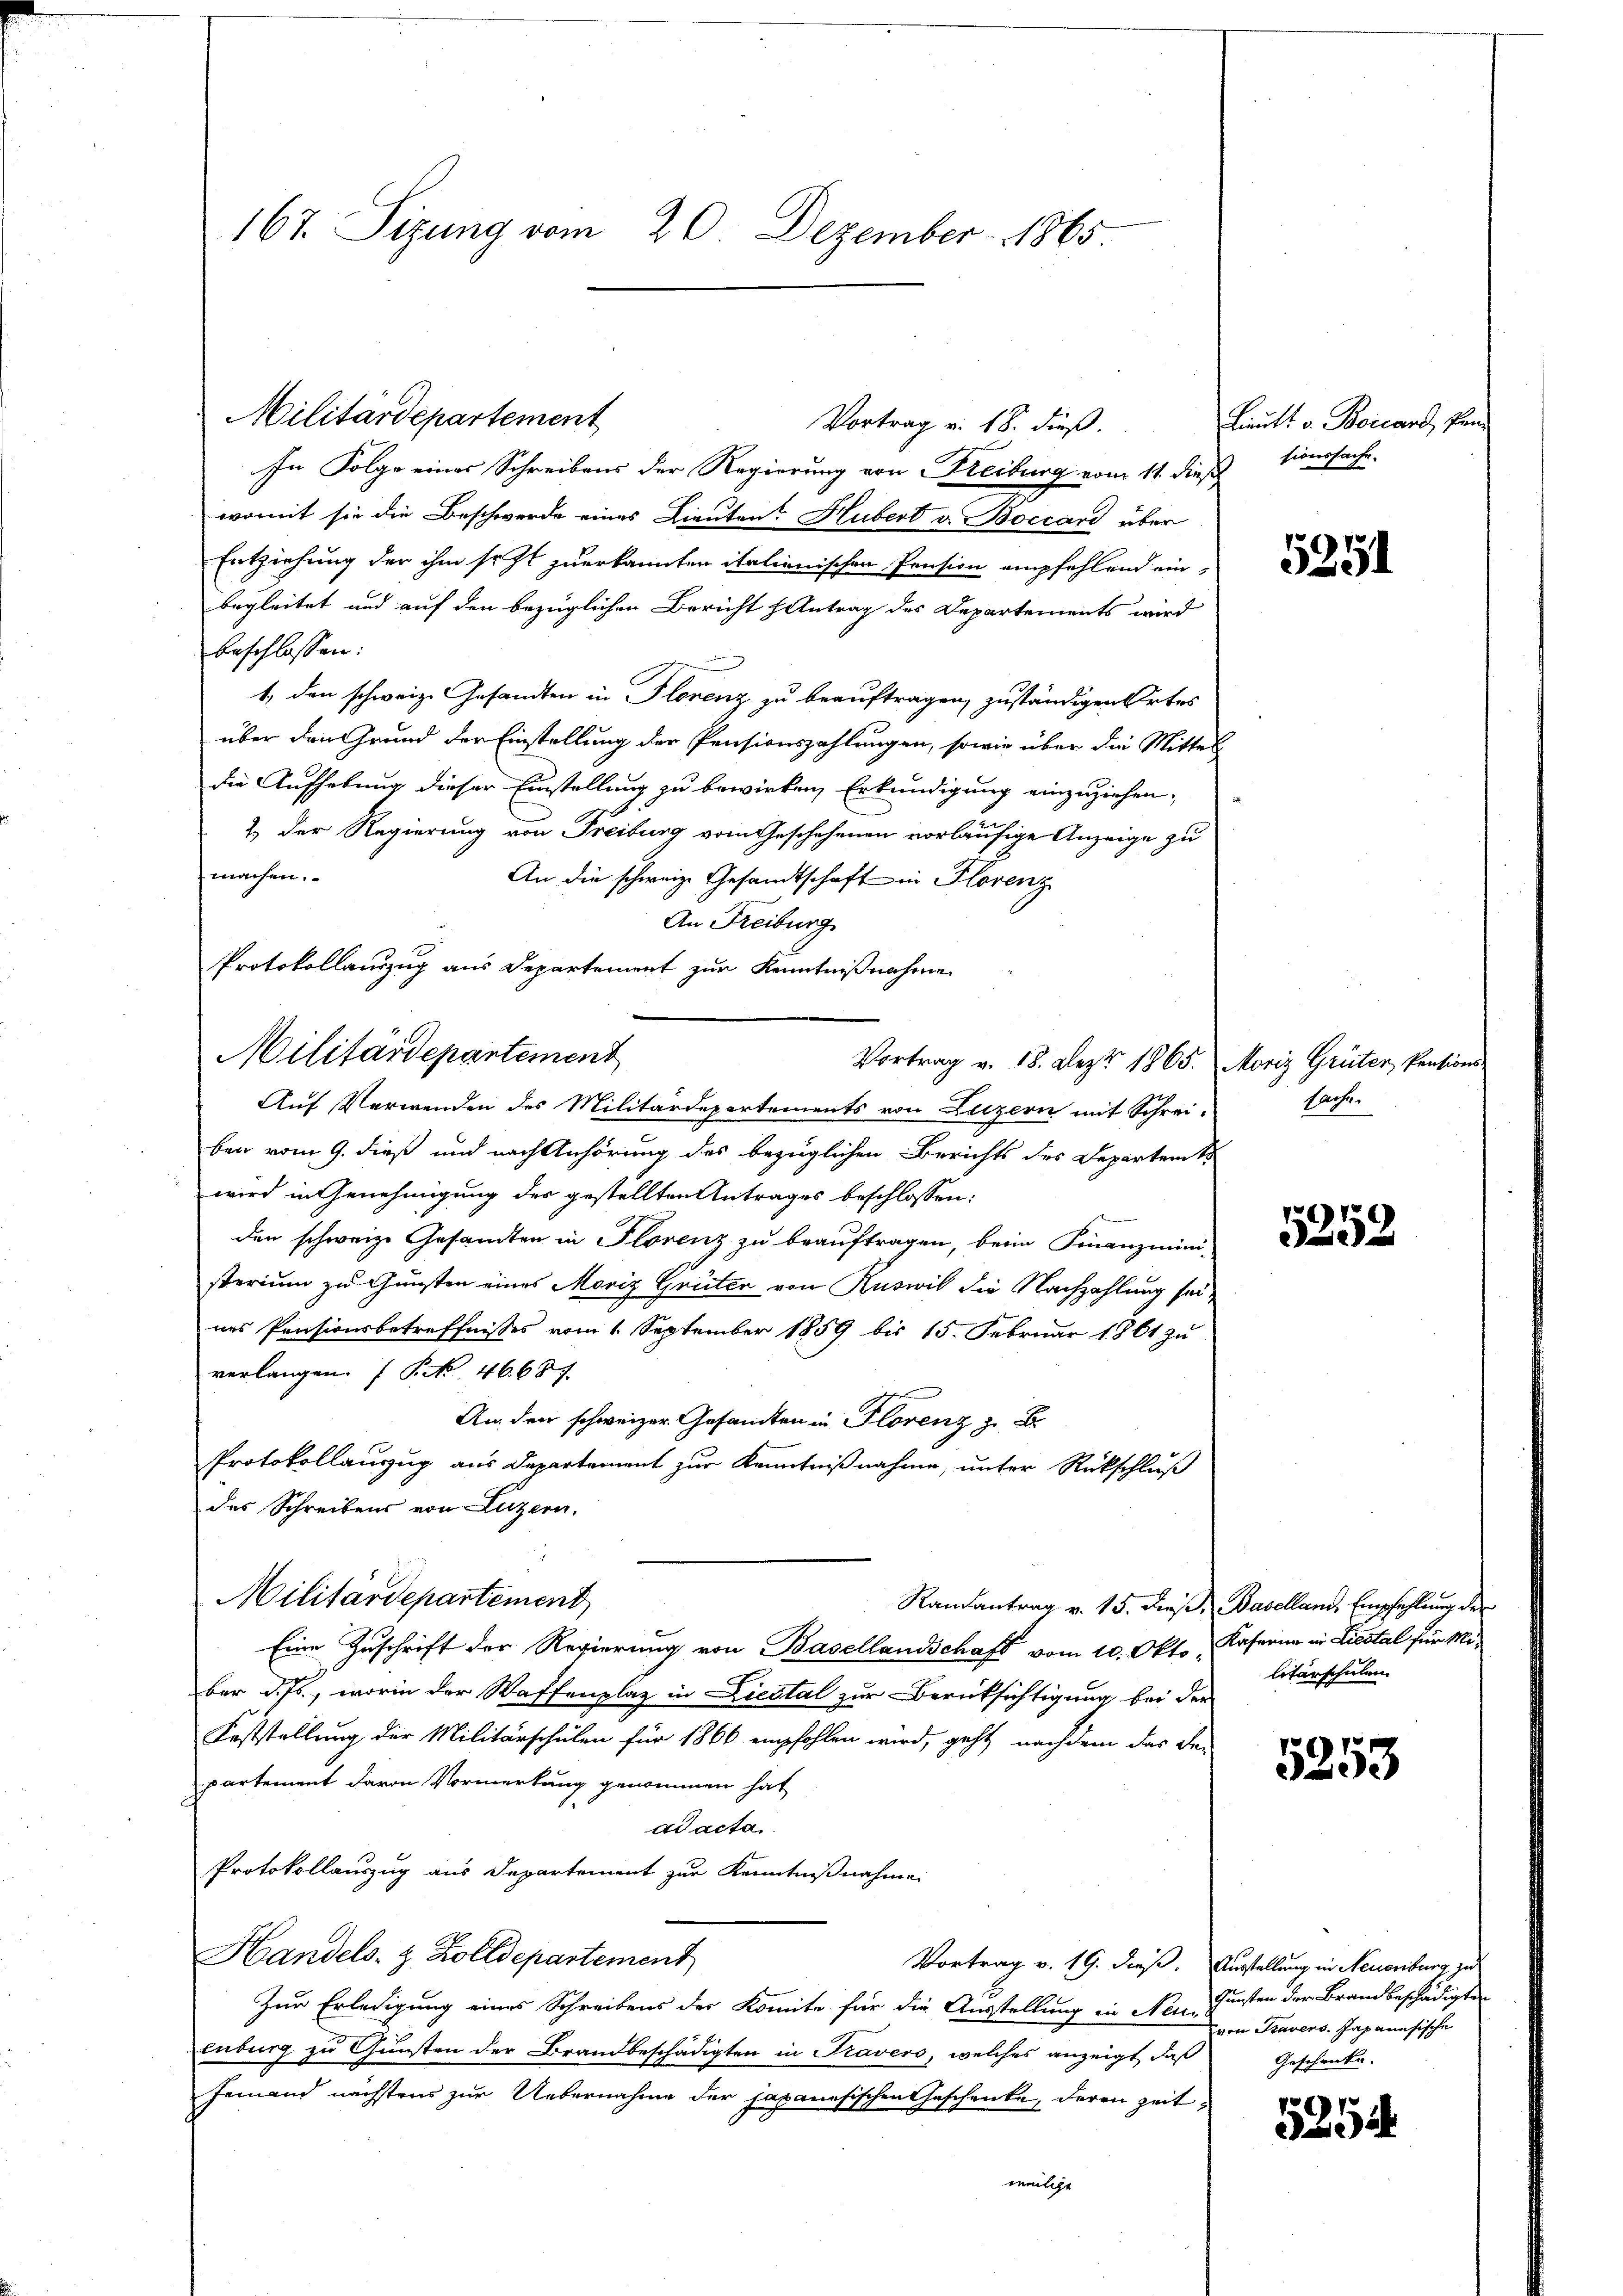
Protokollauszug aus Departement zur Kenntnißnahmen
Militärdepartement

167. Sizung vom 20. Dezember 1865

Militärdepartement

In Folge eines Schreibens der Regierung von Freiburg vom 11. dieß sieursache.
womit sie die Beschwerde eines Lieuten? Hubert v. Boccare über
Entziehung der ihm seht zuerkannten italienischen Pension empfehlend ein-
begleitet und auf den bezüglichen Bericht hantrag des Departements wird
beschlossen:
1., den schweiz. Gesandten in Florenz zu beauftragen, zuständigen Ortes
über den Grund der Einstellung der Pensionszahlungen, sowie über die Mittel
die Aufhebung dieser Einstellung zu bewirken, Erkundigung einzuziehen,
2.) Der Regierung von Freiburg vom Geschehenen vorläufige Anzeige zu
machen.
An die schweiz. Gesandtschaft in Florenz
An Freiburg
Vortrag v. 18. Dez. 1865. Moriz Grüter, Rentions-
Auf Verwenden des Militärdepartements von Luzern mit Schreiben vom 9. dieß und nach Anhörung des bezüglichen Berichts des Departem t
wird in Genehmigung der gestellten Antrages beschlossen:
den schweiz. Gesamten in Florenz zu beauftragen, beim Finanzmini-
sterium zu Gunsten eines Moriz Grüter von Ruswil die Nachzahlung seines Pensionsbetreffnisses vom 1. September 1859 bis 15. Februar 1861 zu
verlangen. P. Nr. 46. 687.
An den schweizer Gesandten in Florenz z. B.
Protokollauszug aus Departement zur Kenntnißnahme, unter Rückschluß
des Schreibens von Luzern.
Militärdepartement
Ramantrag v. 15. dieß, Baselland, Empfehlung der
Eine Zuschrift der Regierung von Basellandschaft vom 10. Okto Kaserne in Liestal für Miber d. Js., worin der Waffenplaz in Liestal zur Berücksichtigung bei der
Feststellung der Militärschulen für 1866 empfohlen wird, geht nachdem das Re-
partement davon Vormerkung genommen hat
ad acta
Protokollauszug aus Departement zur Kenntnißnahme
Handels- & Zolldepartement
Vortrag v. 19. dieß. Ausstellung in Neuenburg zu
Zur Erledigung eines Schreibens des Komite für die Ausstellung in Neu Gunsten der Brandbeschädigten
enburg zu Gunsten der Brandbeschädigten in Prävero, welches anzeigt, daß Geschenke.
jemand nächstens zur Uebernahme der japanesischen Geschenke, deren Zeit

Vortrag v. 18. dieß.

Litt. v. Beierend, Pand

5251

sache.

5252

litärschulen

5253

von Frauers. Japanisische

5254